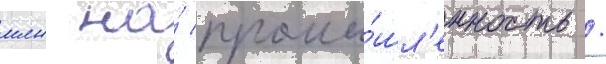
млн на́ промы́шл'енность /